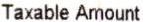
TAXABLE AMOUNT